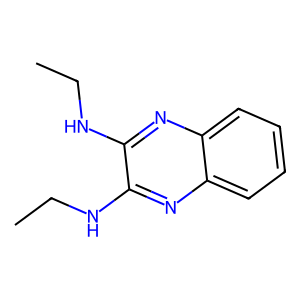
SMILES: CCNc1nc2ccccc2nc1NCC
Inhibits HIV replication: No